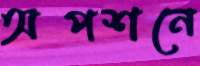
অপশনে